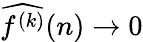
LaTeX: {\widehat{f^{(k)}}}(n)\to 0